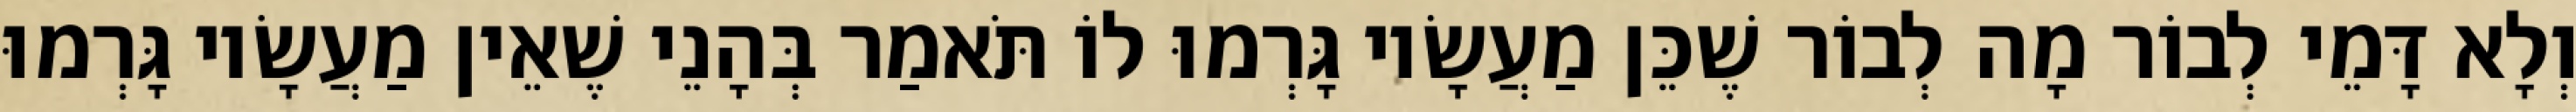
וְלָא דָּמֵי לְבוֹר מָה לְבוֹר שֶׁכֵּן מַעֲשָׂיו גָּרְמוּ לוֹ תֹּאמַר בְּהָנֵי שֶׁאֵין מַעֲשָׂיו גָּרְמוּ